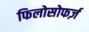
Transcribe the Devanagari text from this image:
फिलोसोफर्ज़